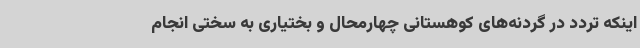
اینکه تردد در گردنه‌های کوهستانی چهارمحال و بختیاری به سختی انجام